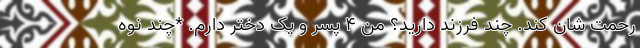
رحمت شان کند. چند فرزند دارید؟ من ۴ پسر و یک دختر دارم. *چند نوه